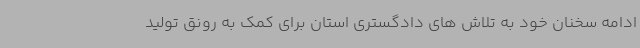
ادامه سخنان خود به تلاش های دادگستری استان برای کمک به رونق تولید